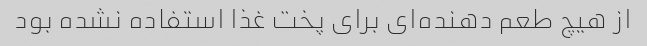
از هیچ طعم دهنده‌ای برای پخت غذا استفاده نشده بود